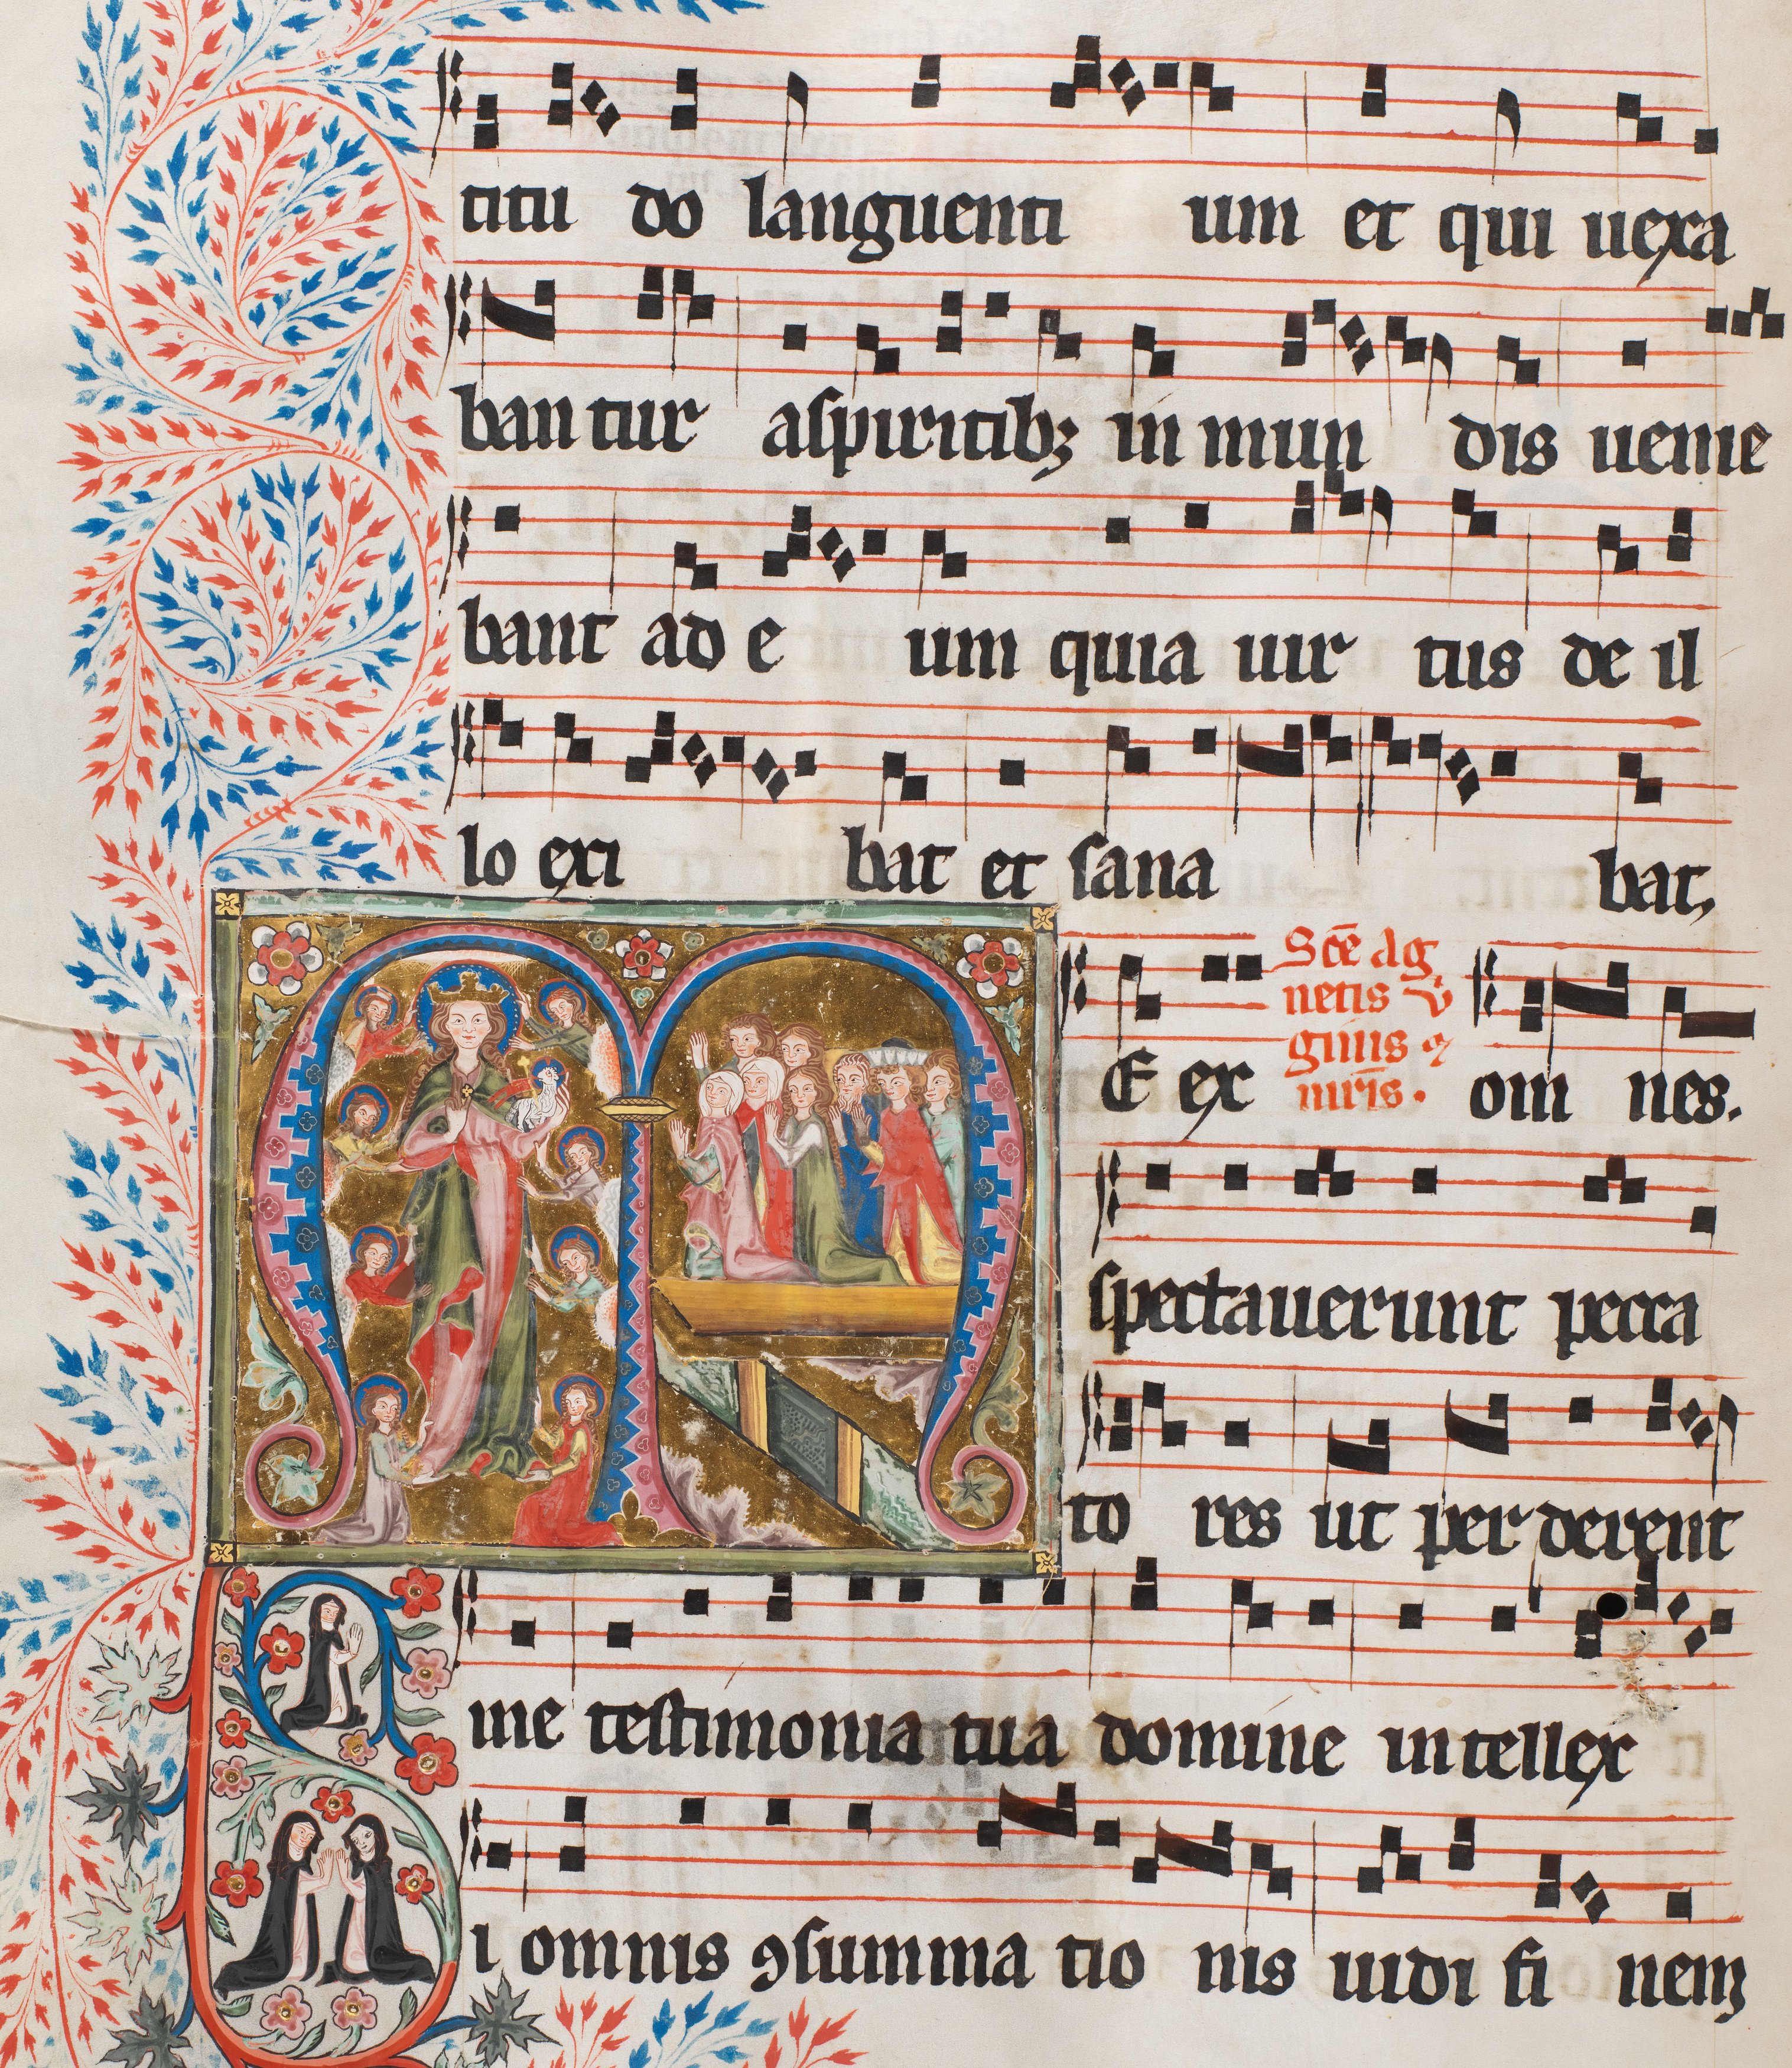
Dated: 1300–1327